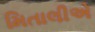
મિતાલીએ